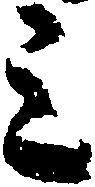
ミ